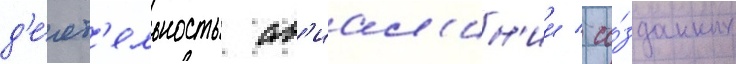
д'е́ят'ельность ав'иал'ин'ии / со́зданных